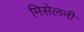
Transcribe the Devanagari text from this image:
मिसेलनी